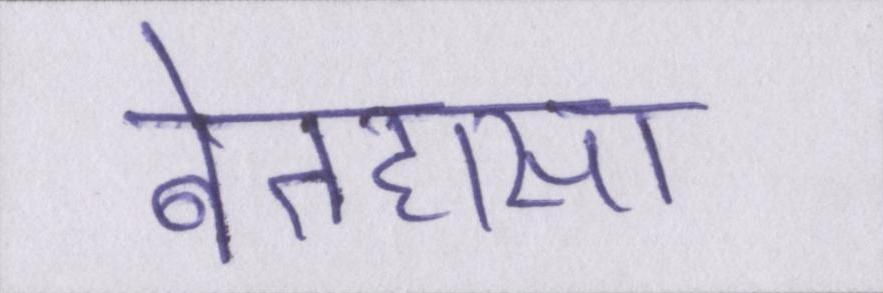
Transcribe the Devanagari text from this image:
बेतहासा